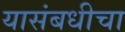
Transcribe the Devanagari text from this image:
यासंबधीचा